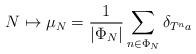
LaTeX: \begin{align*}N \mapsto \mu_N=\frac{1}{|\Phi_N|}\sum_{n\in\Phi_N} \delta_{T^n a}\end{align*}